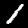
Digit: 1